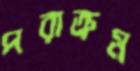
পরাক্রম